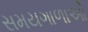
સમયગાળાઓ